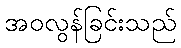
အဝလွန်ခြင်းသည်